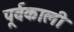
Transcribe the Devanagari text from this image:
पूर्वकाली